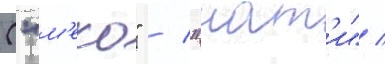
("м'еко" / "нат'и" /